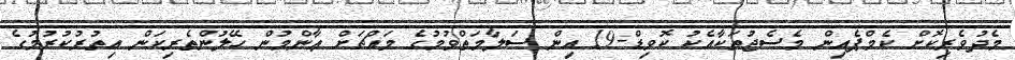
މެދުވެރިކޮށް ކެމްޕެއިން މެސެޖުތަކާއެކު ކޮވިޑް-19 އިން ސަލާމަތްވުމުގެ މައްޗަށް ޢާންމުން ހޭލުންތެރިކަން އިތުރުކުރުމުގެ